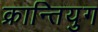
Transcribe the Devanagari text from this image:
क्रान्तियुग